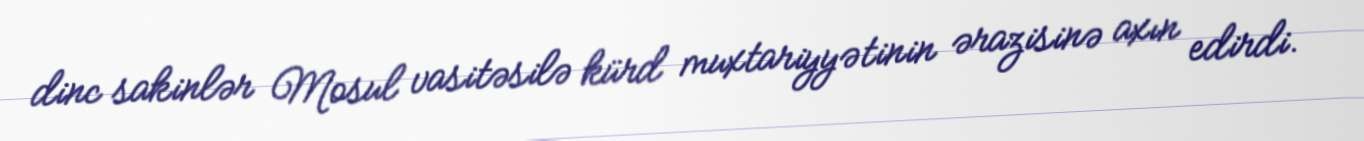
dinc sakinlər Mosul vasitəsilə kürd muxtariyyətinin ərazisinə axın edirdi.